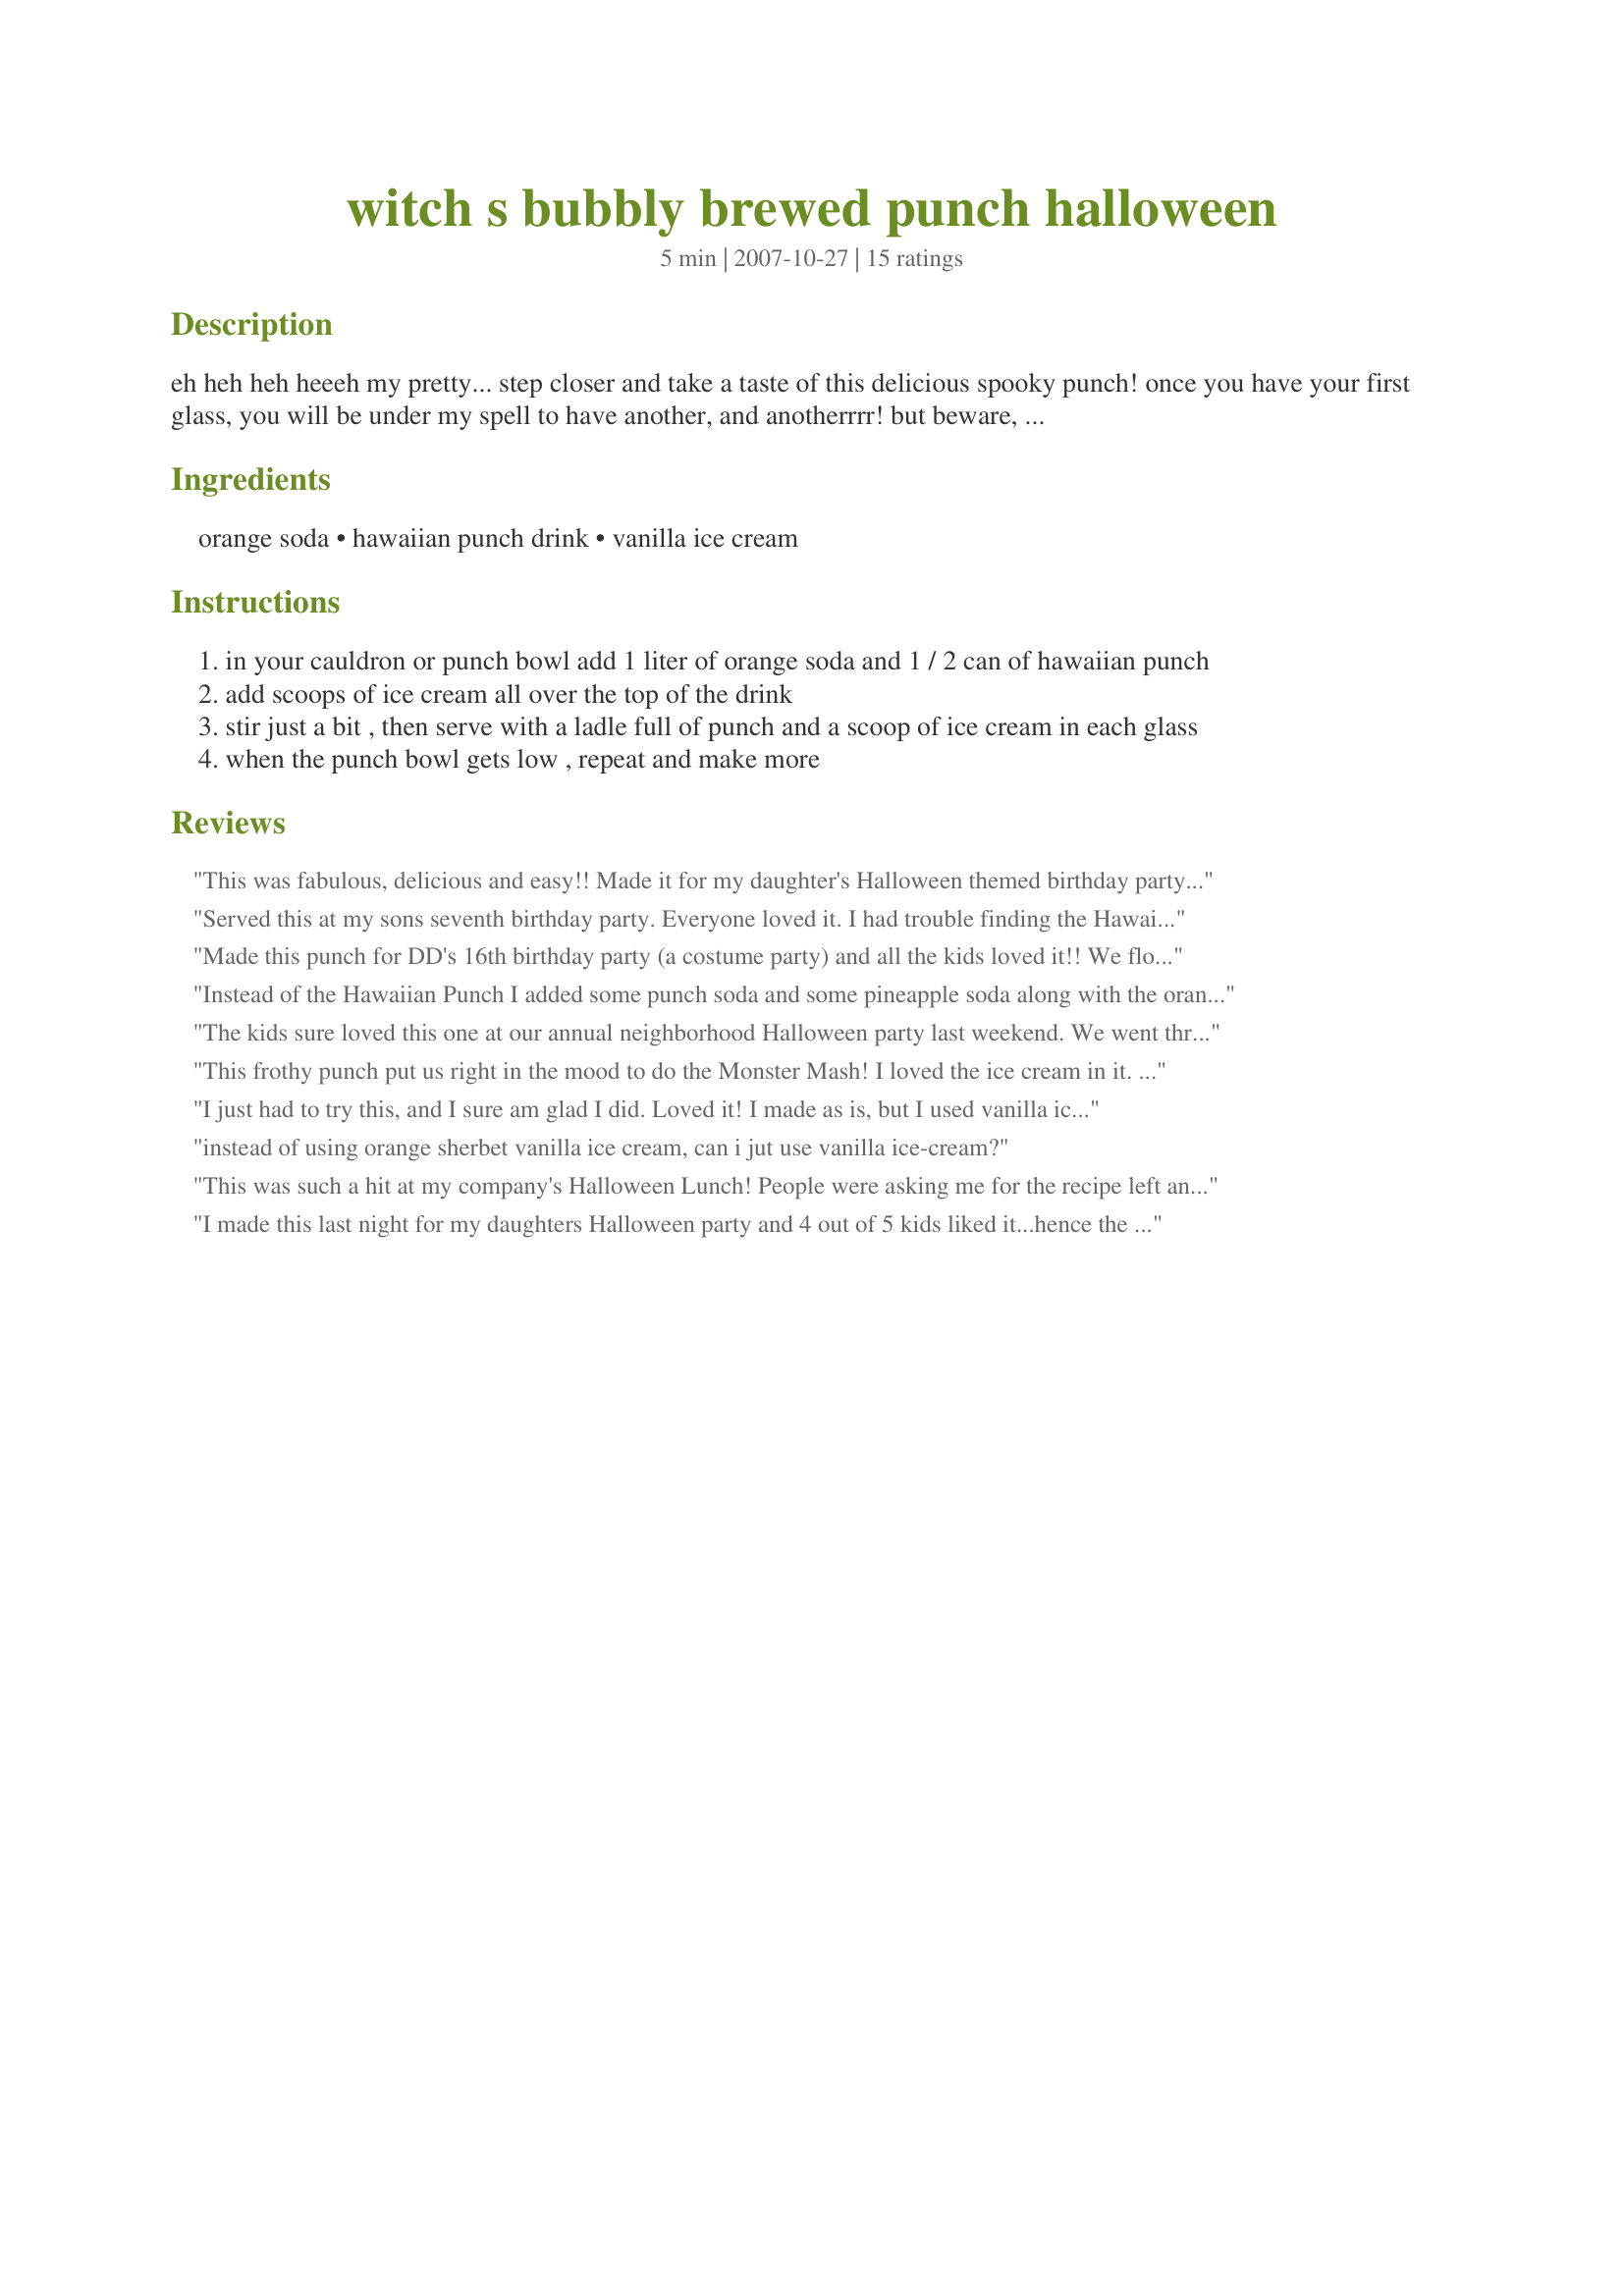
witch s bubbly brewed punch halloween
Preparation time: 5 minutes

eh heh heh heeeh my pretty... step closer and take a taste of this delicious spooky punch! once you have your first glass, you will be under my spell to have another, and anotherrrr! but beware, it could make you crazzzy!

Ingredients:
orange soda, hawaiian punch drink, vanilla ice cream

Steps:
in your cauldron or punch bowl add 1 liter of orange soda and 1 / 2 can of hawaiian punch
add scoops of ice cream all over the top of the drink
stir just a bit , then serve with a ladle full of punch and a scoop of ice cream in each glass
when the punch bowl gets low , repeat and make more

Reviews:
This was fabulous, delicious and easy!! Made it for my daughter's Halloween themed birthday party and it was a huge hit!! Nothing left in the punch bowl and the end of the party!! Thanks!!
Served this at my sons seventh birthday party. Everyone loved it. I had trouble finding the Hawaiian punch so I just used fruit punch and it turned out great. My mom said it tasted like an orange dreamsicle.
Made this punch for DD's 16th birthday party (a costume party) and all the kids loved it!! We floated frozen gummy bugs and skeletens on top. Totally gross!! LOL Thanks for this unique recipe, which I'm sure we'll be repeating next year!
Instead of the Hawaiian Punch I added some punch soda and some pineapple soda along with the orange soda and used vanilla ice cream. It was terrific! So glad to have stumbled upon all your wonderful Halloween recipes Linda! Thank you.

Arlene
The kids sure loved this one at our annual neighborhood Halloween party last weekend. We went through one of those big containers of vanilla ice cream! Really refreshing with great flavor, and one that everyone really liked a lot. Thank Linda, I will be using this recipe again for sure.
This frothy punch put us right in the mood to do the Monster Mash! I loved the ice cream in it. Made it nice and cold too!
I just had to try this, and I sure am glad I did. Loved it! I made as is, but I used vanilla ice cream, as I couldn't find the orange sherbert vanilla combo. Thanks Linda!
instead of using orange sherbet vanilla ice cream, can i jut use vanilla ice-cream?
This was such a hit at my company's Halloween Lunch! People were asking me for the recipe left and right. I used a quart of orange sherbert and a 2 liter of hawaiian punch, instead.
I made this last night for my daughters Halloween party and 4 out of 5 kids liked it...hence the 4 out of 5 stars. I will be making this again.
The kids loved this punch with the ice cream in it. Very tasty!
We made this last year and it was awesome! The kids loved it. I added frozen canned lychee's with a blueberry in the center for eyeballs and some icky body part candy. It was a smash. I just realized I had never rated this as I was looking over the recipe for this year. Great punch!
This was a great punch that was enjoyed by all at my annual Halloween party! Thanks for sharing!
Everyone loved this punch at my Haunted Halloween Party. We used vanilla ice cream and orange sherbert and put in lots of scoops of each. It was awesome!
Absolutely loved this punch! I used just vanilla ice cream as I couldn't find the mix of orange sherbert and vanilla. It still worked out great! It looked so cool when I put the ice cream in. It kind of bubbled up and the kids couldn't leave it alone! This is my favorite recipe and the one I will be using from now on for my parties. Thank you Linda!
